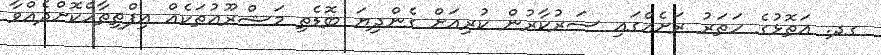
ގދ. އަތޮޅުގެ ހަތަރު ރަށެއްގައި ސަރުކާރުން ކުރިއަށް ގެންދިޔަ ބޮޑެތި މަޝްރޫޢުތަކެއް އިފްތިތާހްކޮށްދެއްވާ